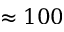
\approx 1 0 0